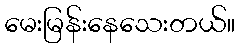
မေးမြန်းနေသေးတယ်။